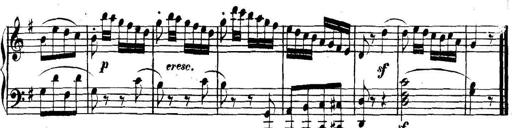
Title: Collected Piano Sonatas
Composer: Muzio Clementi